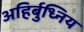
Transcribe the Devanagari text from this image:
अहिर्बुध्निय